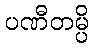
ပဏီတမ္ပိ